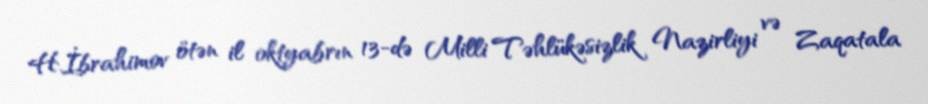
H.İbrahimov ötən il oktyabrın 13-də Milli Təhlükəsizlik Nazirliyi və Zaqatala